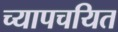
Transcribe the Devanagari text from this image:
च्यापचयित